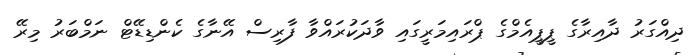
ދިއްގަރު ދާއިރާގެ ޕީޕީއެމްގެ ޕްރައިމަރީގައި ވާދަކުރައްވާ ފާރިސް އޭނާގެ ކެންޑިޑޭޓް ނަމްބަރު މިރޭ